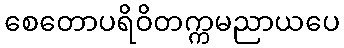
စေတောပရိဝိတက္ကမညာယပေ